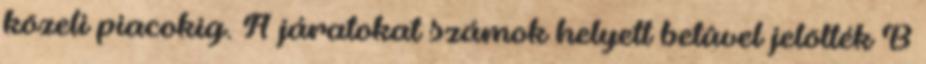
közeli piacokig. A járatokat számok helyett betûvel jelölték B